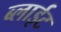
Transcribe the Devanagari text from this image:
ब्लाईट